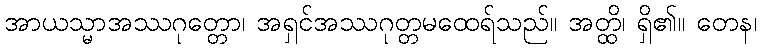
အာယသ္မာအဿဂုတ္တော၊ အရှင်အဿဂုတ္တမထေရ်သည်။ အတ္ထိ၊ ရှိ၏။ တေန၊